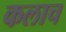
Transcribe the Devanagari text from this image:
कलाच